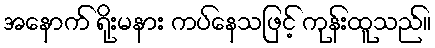
အနောက် ရိုးမနား ကပ်နေသဖြင့် ကုန်းထူသည်။